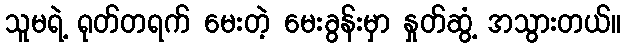
သူမရဲ့ ရုတ်တရက် မေးတဲ့ မေးခွန်းမှာ နှုတ်ဆွံ့ အသွားတယ်။